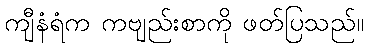
ကျီနံရံက ကဗျည်းစာကို ဖတ်ပြသည်။